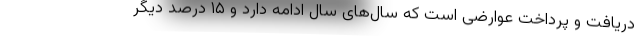
دریافت و پرداخت عوارضی است که سال‌های سال ادامه دارد و ۱۵ درصد دیگر